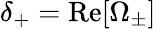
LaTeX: \delta_{+}=\textrm{Re}[\Omega_{\pm}]